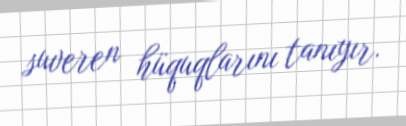
suveren hüquqlarını tanıyır.